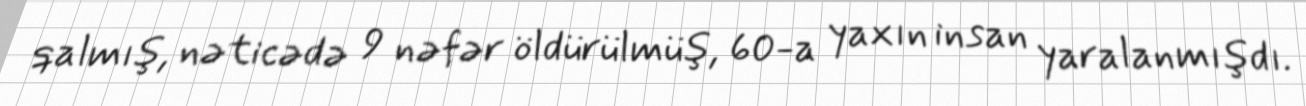
qalmış, nəticədə 9 nəfər öldürülmüş, 60-a yaxın insan yaralanmışdı.